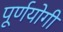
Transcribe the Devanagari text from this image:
पूर्णयोगी